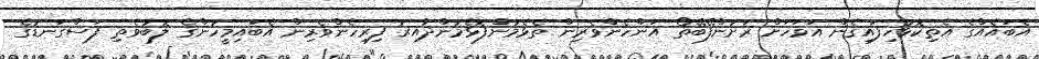
އެބައެއްގެ އެތިކޮޅުހިފައިގެން އަވަހަށް ރަށުންފޭބޭތޯ އަންހެންވެރިން ތެޅެމުންފޮޅެމުންދާއިރު ފިރިހެންވެރިން އެބައިމީހުންގެ ލޮބުވެތި ފަސްގަނޑުގެ